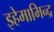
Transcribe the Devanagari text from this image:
इहेमामिन्द्र